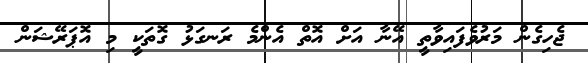
ޖެހިގެން މަރުވެފައިވާތީ އޭނާ އަށް އޮތް އެންމެ ރަނގަޅު ގޮތަކީ މި އޮޕަރޭޝަން